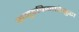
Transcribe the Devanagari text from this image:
समुद्रकिनारेसुद्धा